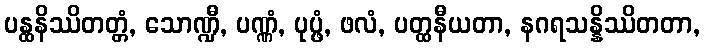
ပန္ထနိဿိတတ္တံ, သောဏ္ဍီ, ပဏ္ဏံ, ပုပ္ဖံ, ဖလံ, ပတ္ထနီယတာ, နဂရသန္နိဿိတတာ,